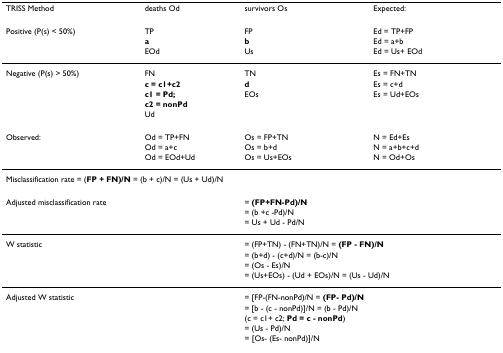
| TRISS Method | deaths Od | survivors Os | Expected: |
 | --- | --- | --- | --- |
 | Positive (P(s) < 50%) | TP | FP | Ed = TP+FP |
 |  | a | b | Ed = a+b |
 |  | EOd | Us | Ed = Us+ EOd |
 | Negative (P(s) > 50%) | FN | TN | Es = FN+TN |
 |  | c = c1+c2 | d | Es = c+d |
 |  | c1 = Pd; | EOs | Es = Ud+EOs |
 |  | c2 = nonPd |  |  |
 |  | Ud |  |  |
 | Observed: | Od = TP+FN | Os = FP+TN | N = Ed+Es |
 |  | Od = a+c | Os = b+d | N = a+b+c+d |
 |  | Od = EOd+Ud | Os = Us+EOs | N = Od+Os |
 | <COLSPAN=4> Misclassification rate = (FP + FN)/N = (b + c)/N = (Us + Ud)/N |
 | <COLSPAN=2> Adjusted misclassification rate | <COLSPAN=2> = (FP+FN-Pd)/N |
 |  |  | <COLSPAN=2> = (b +c -Pd)/N |
 |  |  | <COLSPAN=2> = Us + Ud - Pd/N |
 | <COLSPAN=2> W statistic | <COLSPAN=2> = (FP+TN) - (FN+TN)/N = (FP - FN)/N |
 |  |  | <COLSPAN=2> = (b+d) - (c+d)/N = (b-c)/N |
 |  |  | <COLSPAN=2> = (Os - Es)/N |
 |  |  | <COLSPAN=2> = (Us+EOs) - (Ud + EOs)/N = (Us - Ud)/N |
 | <COLSPAN=2> Adjusted W statistic | <COLSPAN=2> = [FP-(FN-nonPd)/N = (FP- Pd)/N |
 |  |  | <COLSPAN=2> = [b - (c - nonPd)]/N = (b - Pd)/N |
 |  |  | <COLSPAN=2> (c = c1+ c2; Pd = c - nonPd) |
 |  |  | <COLSPAN=2> = (Us - Pd)/N |
 |  |  | <COLSPAN=2> = [Os- (Es- nonPd)]/N |